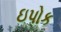
ઇપોક